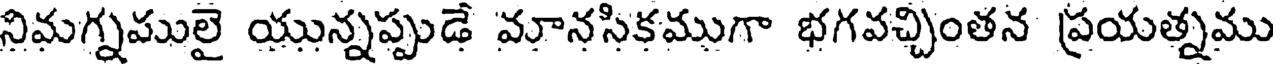
నిమగ్నములై యున్నప్పుడే మానసికముగా భగవచ్చింతన ప్రయత్నము